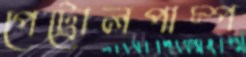
পেট্রোলপাম্প